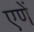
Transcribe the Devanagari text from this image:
एणें